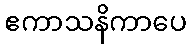
ဧကာသနိကာပေ